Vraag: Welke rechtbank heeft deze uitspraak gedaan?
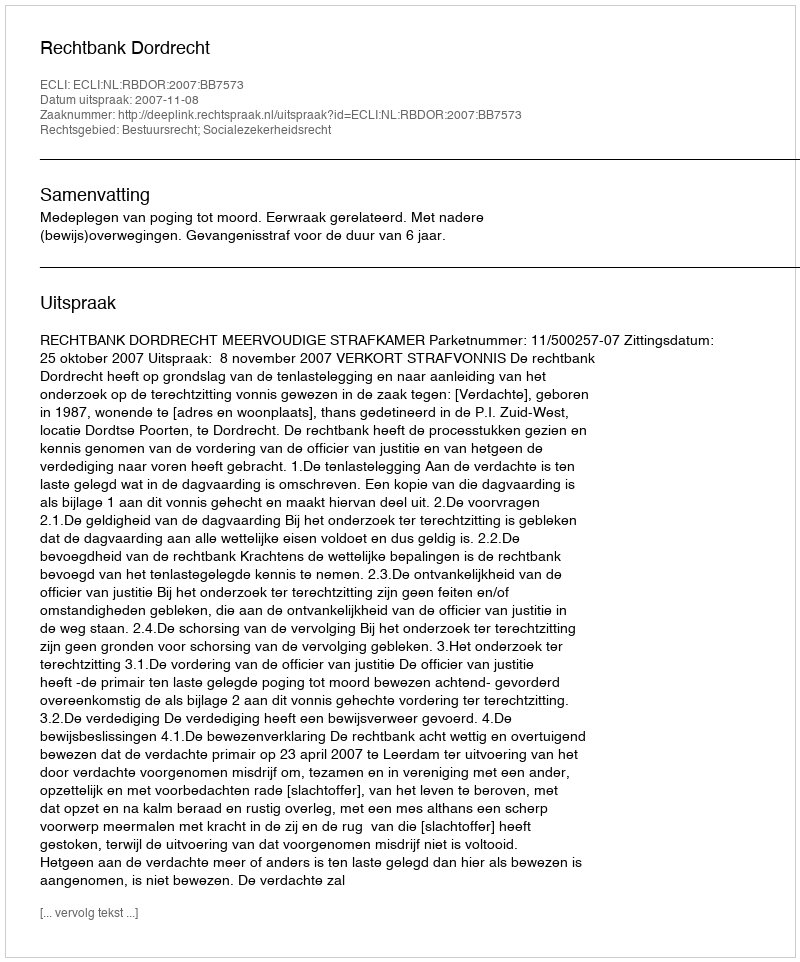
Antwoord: Rechtbank Dordrecht